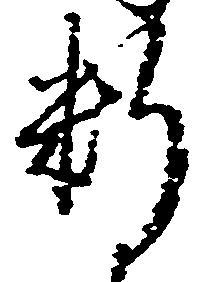
料